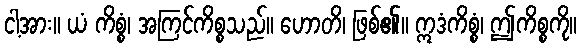
ငါ့အား။ ယံ ကိစ္စံ၊ အကြင်ကိစ္စသည်။ ဟောတိ၊ ဖြစ်၏။ ဣဒံကိစ္စံ၊ ဤကိစ္စကို။